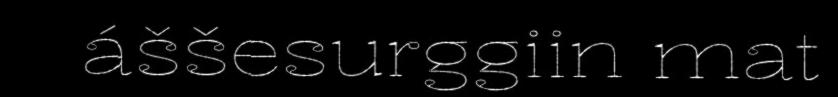
áššesurggiin mat